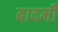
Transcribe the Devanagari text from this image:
बादमी